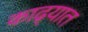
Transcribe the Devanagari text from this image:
काढ्यात